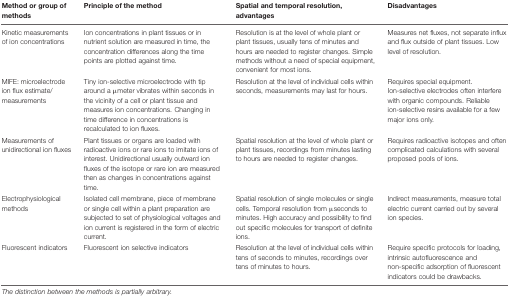
| Method or group of methods | Principle of the method | Spatial and temporal resolution, advantages | Disadvantages |
 | --- | --- | --- | --- |
 | Kinetic measurements of ion concentrations | Ion concentrations in plant tissues or in nutrient solution are measured in time, the concentration differences along the time points are plotted against time. | Resolution is at the level of whole plant or plant tissues, usually tens of minutes and hours are needed to register changes. Simple methods without a need of special equipment, convenient for most ions. | Measures net fluxes, not separate influx and flux outside of plant tissues. Low level of resolution. |
 | MIFE: microelectrode ion flux estimate/measurements | Tiny ion-selective microelectrode with tip around a μmeter vibrates within seconds in the vicinity of a cell or plant tissue and measures ion concentrations. Changing in time difference in concentrations is recalculated to ion fluxes. | Resolution at the level of individual cells within seconds, measurements may last for hours. | Requires special equipment. Ion-selective electrodes often interfere with organic compounds. Reliable ion-selective resins available for a few major ions only. |
 | Measurements of unidirectional ion fluxes | Plant tissues or organs are loaded with radioactive ions or rare ions to imitate ions of interest. Unidirectional usually outward ion fluxes of the isotope or rare ion are measured then as changes in concentrations against time. | Spatial resolution at the level of whole plant or plant tissues, recordings from minutes lasting to hours are needed to register changes. | Requires radioactive isotopes and often complicated calculations with several proposed pools of ions. |
 | Electrophysiological methods | Isolated cell membrane, piece of membrane or single cell within a plant preparation are subjected to set of physiological voltages and ion current is registered in the form of electric current. | Spatial resolution of single molecules or single cells. Temporal resolution from μseconds to minutes. High accuracy and possibility to find out specific molecules for transport of definite ions. | Indirect measurements, measure total electric current carried out by several ion species. |
 | Fluorescent indicators | Fluorescent ion selective indicators | Resolution at the level of individual cells within tens of seconds to minutes, recordings over tens of minutes to hours. | Require specific protocols for loading, intrinsic autofluorescence and non-specific adsorption of fluorescent indicators could be drawbacks. |